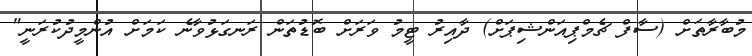
މުބާރާތަށް (ސާފް ޗެމްޕިއަންޝިޕަށް) ދާއިރު ޓީމު ވަރަށް ބޮޑުތަން ރަނގަޅުވާނެ ކަމަށް އުންމީދުކުރަނީ"